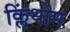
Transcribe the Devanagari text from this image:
क्लिंथोम